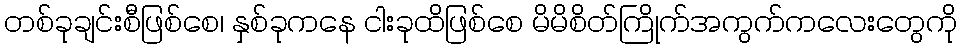
တစ်ခုချင်းစီဖြစ်စေ၊ နှစ်ခုကနေ ငါးခုထိဖြစ်စေ မိမိစိတ်ကြိုက်အကွက်ကလေးတွေကို